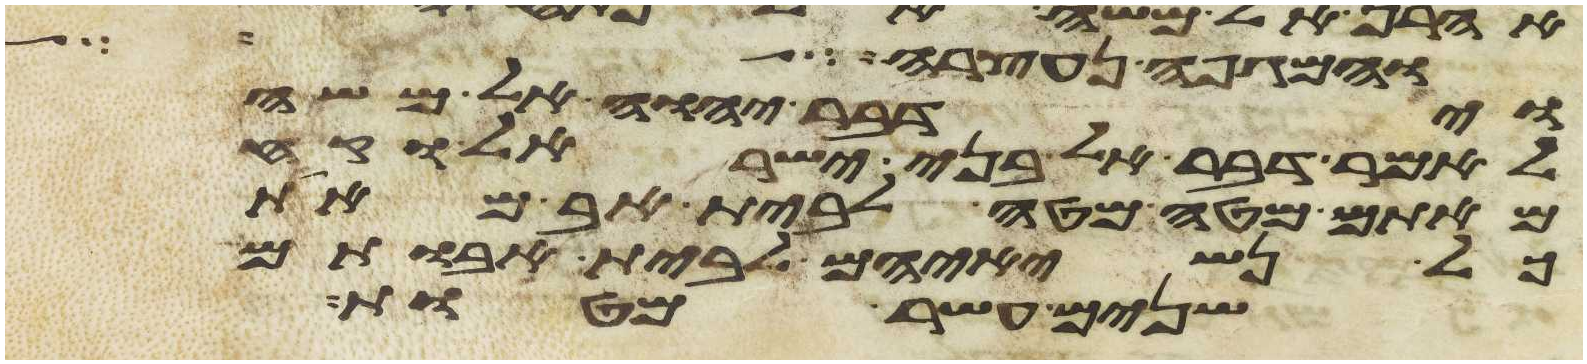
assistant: והמגפה נעצרה
וידבר יהוה אל משה
לאמר דבר אל בני ישראל וקח
מאתם מטה מטה לבית אב מאת
כל נשיאיהם לבית אבותם
שנים עשר מטות